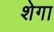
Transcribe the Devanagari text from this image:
शेगा